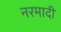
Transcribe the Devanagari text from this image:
नरमादी